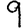
Digit: 9